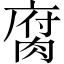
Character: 腐